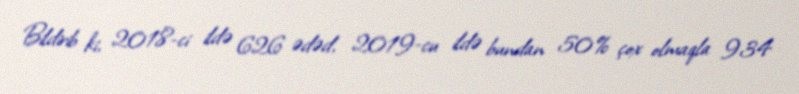
Bildirib ki, 2018-ci ildə 626 ədəd, 2019-cu ildə bundan 50% çox olmaqla 934